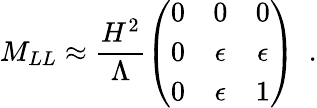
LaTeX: M_{LL}\approx\frac{H^{2}}{\Lambda}\left(\begin{array}{ccc}{{0}}&{{0}}&{{0}}\\ {{0}}&{{\epsilon}}&{{\epsilon}}\\ {{0}}&{{\epsilon}}&{{1}}\end{array}\right)\, \, \, .